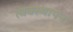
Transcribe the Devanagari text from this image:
त्वक्स्थापन